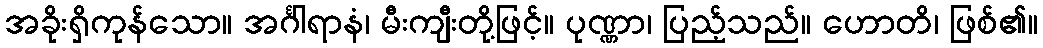
အခိုးရှိကုန်သော။ အင်္ဂါရာနံ၊ မီးကျီးတို့ဖြင့်။ ပုဏ္ဏာ၊ ပြည့်သည်။ ဟောတိ၊ ဖြစ်၏။